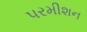
પરમીશન